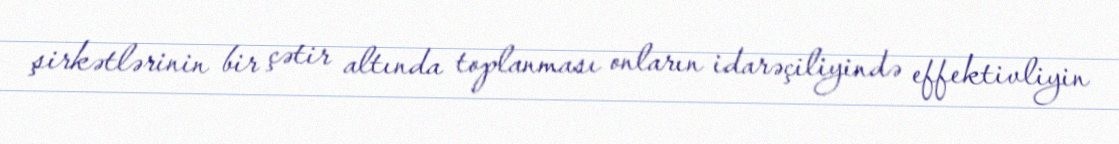
şirkətlərinin bir çətir altında toplanması onların idarəçiliyində effektivliyin